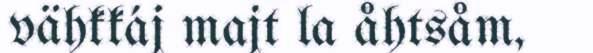
vähkkáj majt la åhtsåm,